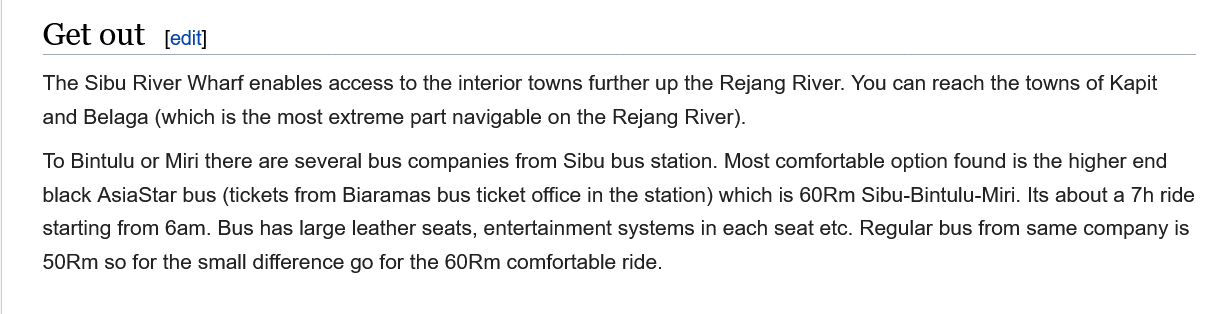
Get out    [edit]
     The Sibu River Wharf enables access to the interior towns further up the Rejang River. You can reach the towns of Kapit
     and Belaga (which is the most extreme part navigable on the Rejang River).
     To Bintulu or Miri there are several bus companies from Sibu bus station. Most comfortable option found is the higher end
     black AsiaStar bus (tickets from Biaramas bus ticket office in the station) which is 60Rm Sibu-Bintulu-Miri. Its about a 7h ride
     starting from 6am. Bus has large leather seats, entertainment systems in each seat etc. Regular bus from same company is
     50Rm so for the small difference go for the 60Rm comfortable ride.